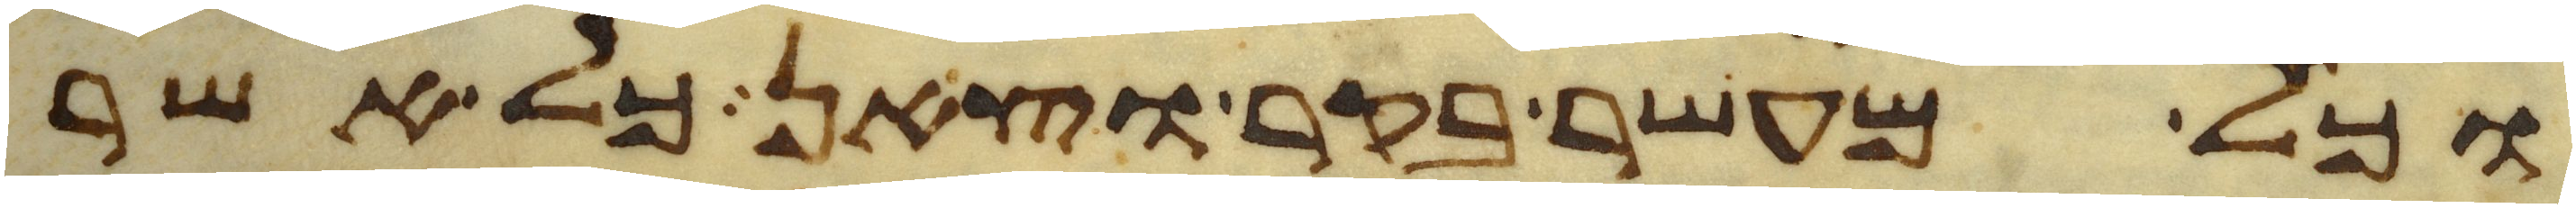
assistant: וכל מעשר בקר וצאן כל אשר